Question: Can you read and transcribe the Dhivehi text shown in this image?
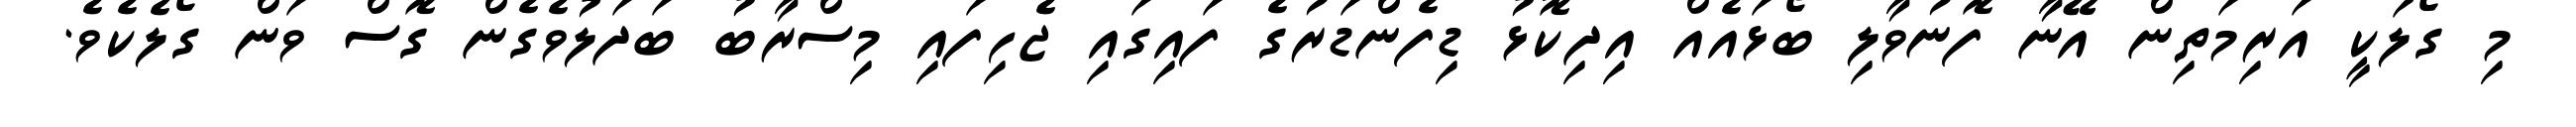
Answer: މި ގޯލަކީ އަރިމަތިން އޭނާ ފޮނުވާލި ބޯޅައެއް އިދިކޮޅު ޑިފެންޑަރުގެ ފައިގައި ޖެހިފައި މިސްރާބު ބަދަލުވެގެން ގޮސް ވަން ގޯލެކެވެ.